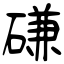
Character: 磏